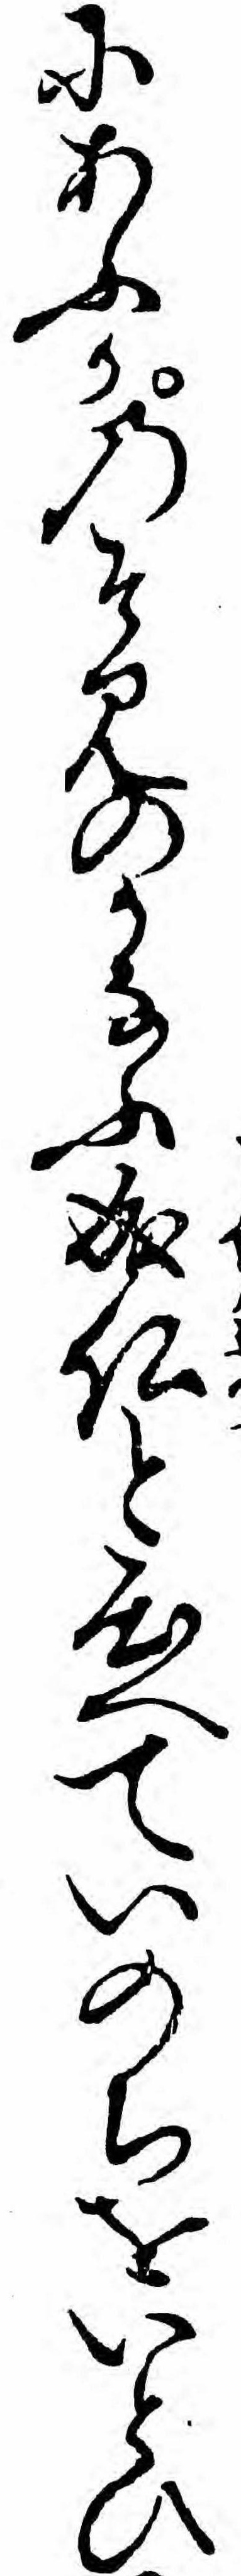
にあふかのそみのかなふ成仏と心へていのちをいとひ